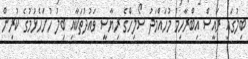
ބިލުގައި ރައީސް އިބްރާހިމް މުހައްމަދު ސޯލިހްގެ ރިޔާސީ ވައުދުތަކާއި ބިލު ހުށަހެޅުމުގެ ކުރިން